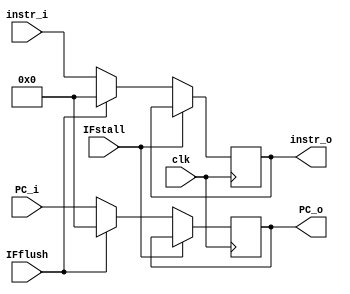
module IFID (clk,PC_i,PC_o,instr_i,instr_o,IFflush,IFstall);
    input [31:0] PC_i,instr_i;
    input clk,IFflush,IFstall;
    output reg [31:0] PC_o,instr_o;

    initial begin
        {PC_o,instr_o} <= 0;
    end

    always @ (posedge clk) begin
        if (!IFstall) begin
            if (IFflush) begin
                instr_o <= 32'b0;
                PC_o <= 32'b0;
            end
            else begin
                instr_o <= instr_i;
                PC_o <= PC_i;
            end
        end
    end

endmodule